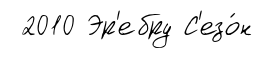
2010 Эр'ебру С'езо́н